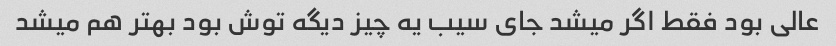
عالی بود فقط اگر میشد جای سیب یه چیز دیگه توش بود بهتر هم میشد